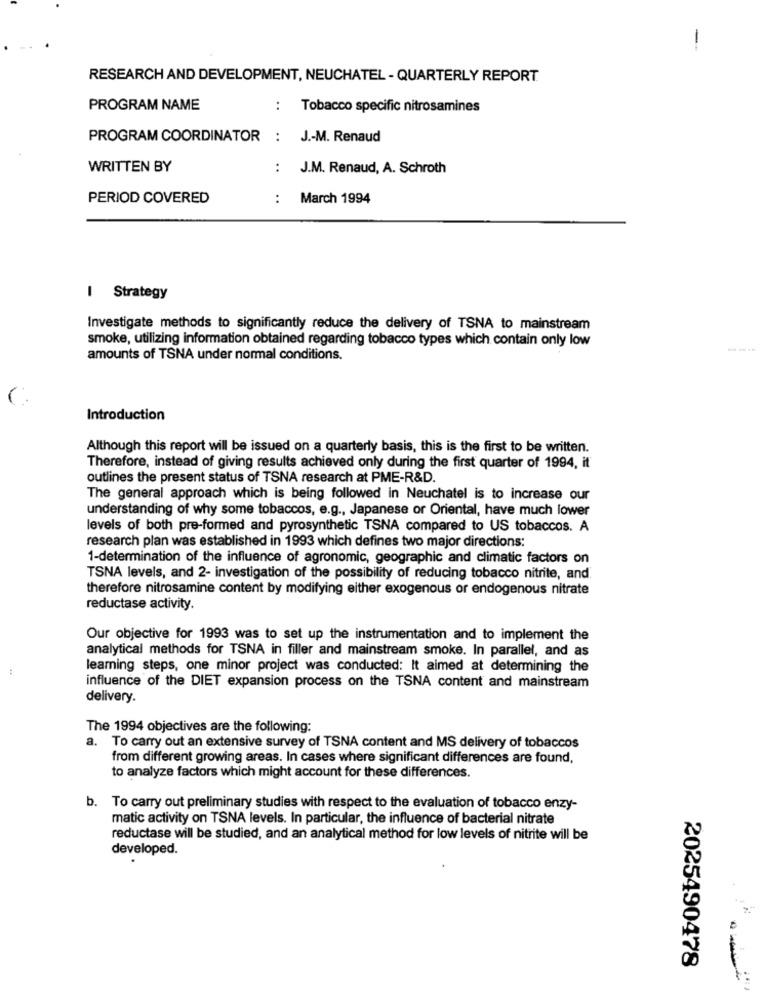
-
RESEARCH AND DEVELOPMENT, NEUCHATEL - QUARTERLY REPORT
PROGRAM NAME
:
Tobacco specific nitrosamines
PROGRAM COORDINATOR : J .- M. Renaud
WRITTEN BY
: J.M. Renaud, A. Schroth
PERIOD COVERED
: March 1994
I Strategy
Investigate methods to significantly reduce the delivery of TSNA to mainstream
smoke, utilizing information obtained regarding tobacco types which contain only low
amounts of TSNA under normal conditions.
Introduction
Although this report will be issued on a quarterly basis, this is the first to be written.
Therefore, instead of giving results achieved only during the first quarter of 1994, it
outlines the present status of TSNA research at PME-R&D.
The general approach which is being followed in Neuchatel is to increase our
understanding of why some tobaccos, e.g ., Japanese or Oriental, have much lower
levels of both pre-formed and pyrosynthetic TSNA compared to US tobaccos. A
research plan was established in 1993 which defines two major directions:
1-determination of the influence of agronomic, geographic and climatic factors on
TSNA levels, and 2- investigation of the possibility of reducing tobacco nitrite, and.
therefore nitrosamine content by modifying either exogenous or endogenous nitrate
reductase activity.
Our objective for 1993 was to set up the instrumentation and to implement the
analytical methods for TSNA in filler and mainstream smoke. In parallel, and as
:
leaming steps, one minor project was conducted: It aimed at determining the
influence of the DIET expansion process on the TSNA content and mainstream
delivery.
The 1994 objectives are the following:
a. To carry out an extensive survey of TSNA content and MS delivery of tobaccos
from different growing areas. In cases where significant differences are found,
to analyze factors which might account for these differences.
b. To carry out preliminary studies with respect to the evaluation of tobacco enzy-
matic activity on TSNA levels. In particular, the influence of bacterial nitrate
reductase will be studied, and an analytical method for low levels of nitrite will be
developed.
2025490478